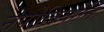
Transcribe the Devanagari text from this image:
नेपोलियोनि